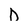
Character: D